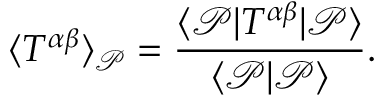
\langle T ^ { \alpha \beta } \rangle _ { { \mathcal { P } } } = \frac { \langle { \mathcal { P } } | T ^ { \alpha \beta } | { \mathcal { P } } \rangle } { \langle { \mathcal { P } } | { \mathcal { P } } \rangle } .